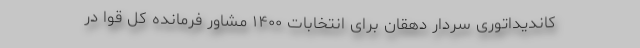
کاندیداتوری سردار دهقان برای انتخابات ۱۴۰۰ مشاور فرمانده کل قوا در